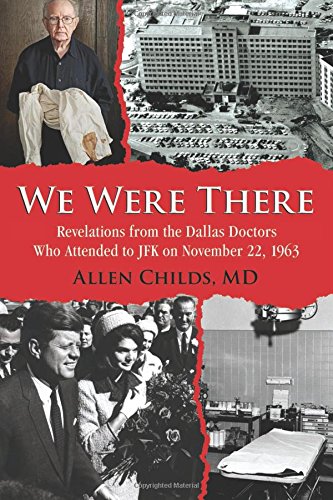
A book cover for We Were There: Revelations from the Dallas Doctors Who Attended to JFK on November 22, 1963; Allen Childs MD; History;